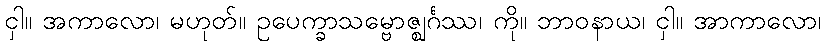
ငှါ။ အကာလော၊ မဟုတ်။ ဥပေက္ခာသမ္ဗောဇ္ဈင်္ဂဿ၊ ကို။ ဘာဝနာယ၊ ငှါ။ အာကာလော၊